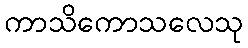
ကာသိကောသလေသု